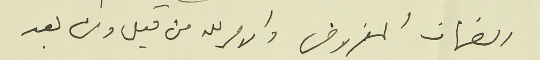
الضمان المفروض والامر لله من قبل ومن بعد